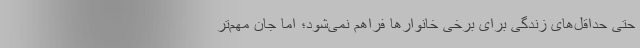
حتی حداقل‌های زندگی برای برخی خانوارها فراهم نمی‌شود؛ اما جان مهم‌تر